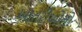
ખાતરીઓનો